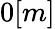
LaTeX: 0[m]